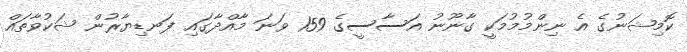
ކޮމިޝަނުގެ އެ ނިންމުމުމަކީ ގާނޫނު އަސާސީގެ 159 ވަނަ މާއްދާގައި ފަނޑިޔާރުން ޝަކުވާތައް